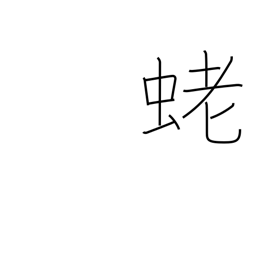
Meaning: shrimp